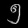
Digit: ၅